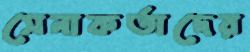
সেনাকর্তাদের